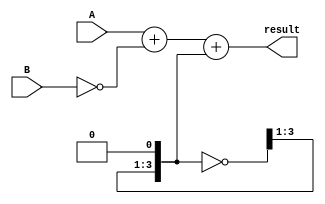
module subtractor(
    input [3:0] A,
    input [3:0] B,
    output reg [3:0] result
);

reg [3:0] borrow;
reg [3:0] temp_result;

assign borrow[0] = 1'b0;
assign borrow = ~borrow;

always @ (*)
begin
    temp_result = A + (~B) + borrow;
    result = temp_result[3:0];
end

endmodule